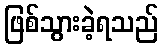
ဖြစ်သွားခဲ့ရသည်